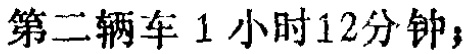
第二辆车 1 小时 12 分钟；